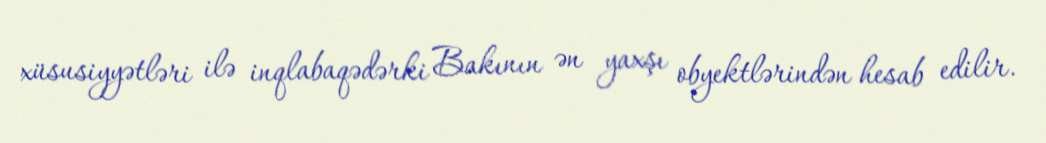
xüsusiyyətləri ilə inqlabaqədərki Bakının ən yaxşı obyektlərindən hesab edilir.